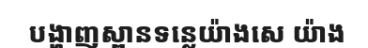
បង្ហាញស្ពានទន្លេយ៉ាងសេ យ៉ាង